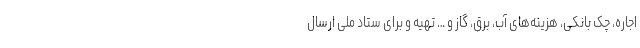
اجاره، چک بانکی، هزینه‌های آب، برق، گاز و … تهیه و برای ستاد ملی ارسال